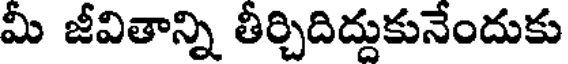
మీ జీవితాన్ని తీర్చిదిద్దుకునేందుకు